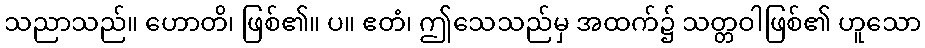
သညာသည်။ ဟောတိ၊ ဖြစ်၏။ ပ။ ဧတံ၊ ဤသေသည်မှ အထက်၌ သတ္တဝါဖြစ်၏ ဟူသော